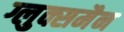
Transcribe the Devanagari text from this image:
ग्लुक्समैन